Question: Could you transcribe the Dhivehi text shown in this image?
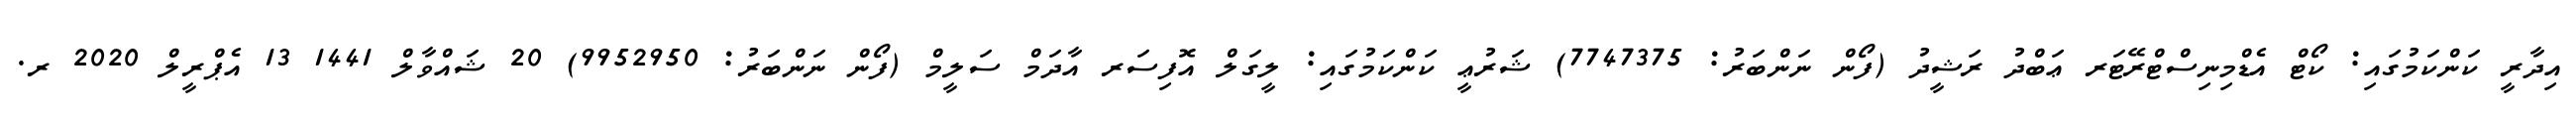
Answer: އިދާރީ ކަންކަމުގައި: ކޯޓް އެޑްމިނިސްޓްރޭޓަރ ޢަބްދު ރަޝީދު (ފޯން ނަންބަރު: 7747375) ޝަރުޢީ ކަންކަމުގައި: ލީގަލް އޮފިސަރ އާދަމް ސަލީމް (ފޯން ނަންބަރު: 9952950) 20 ޝައްވާލް 1441 13 އެޕްރީލް 2020 ރ.